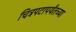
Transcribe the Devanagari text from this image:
चित्रपटापर्यंतच्या